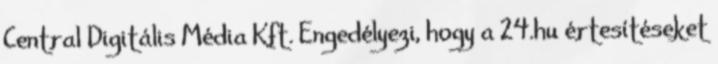
Central Digitális Média Kft. Engedélyezi, hogy a 24.hu értesítéseket